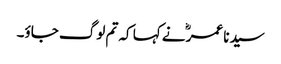
سیدنا عمرؓ نے کہا کہ تم لوگ جاؤ۔